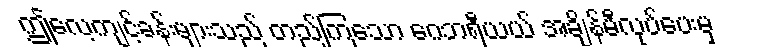
ဤလေ့ကျင့်ခန်းများသည် တည်ကြသော ဂေဘရီယယ် အချိန်မီလုပ်ပေးမှ